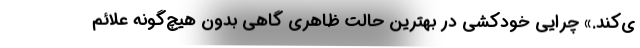
ی‌کند.» چرایی خودکشی در بهترین حالت ظاهری گاهی بدون هیچ‌گونه علائم